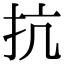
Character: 抗